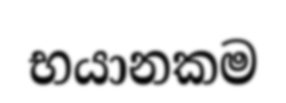
භයානකම